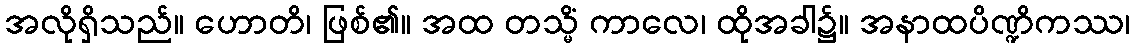
အလိုရှိသည်။ ဟောတိ၊ ဖြစ်၏။ အထ တသ္မိံ ကာလေ၊ ထိုအခါ၌။ အနာထပိဏ္ဍိကဿ၊